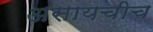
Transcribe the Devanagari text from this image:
असायचीच